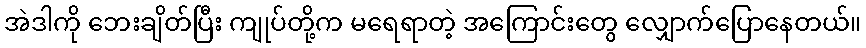
အဲဒါကို ဘေးချိတ်ပြီး ကျုပ်တို့က မရေရာတဲ့ အကြောင်းတွေ လျှောက်ပြောနေတယ်။